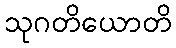
သုဂတိယောတိ